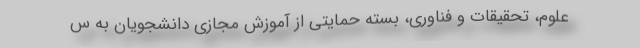
علوم، تحقیقات و فناوری، بسته حمایتی از آموزش مجازی دانشجویان به س